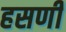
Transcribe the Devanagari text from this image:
हसणी